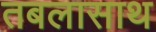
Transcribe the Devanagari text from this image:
तबलासाथ